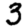
Digit: 3